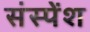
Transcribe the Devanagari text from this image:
संस्‍पेंश